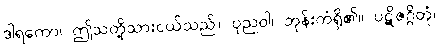
ဒါရကော၊ ဤသတို့သားငယ်သည်။ ပုညဝါ၊ ဘုန်းကံရှိ၏။ ပဋိဇဂ္ဂိတုံ၊